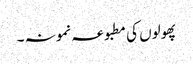
پھولوں کی مطبوعہ نمونہ ۔